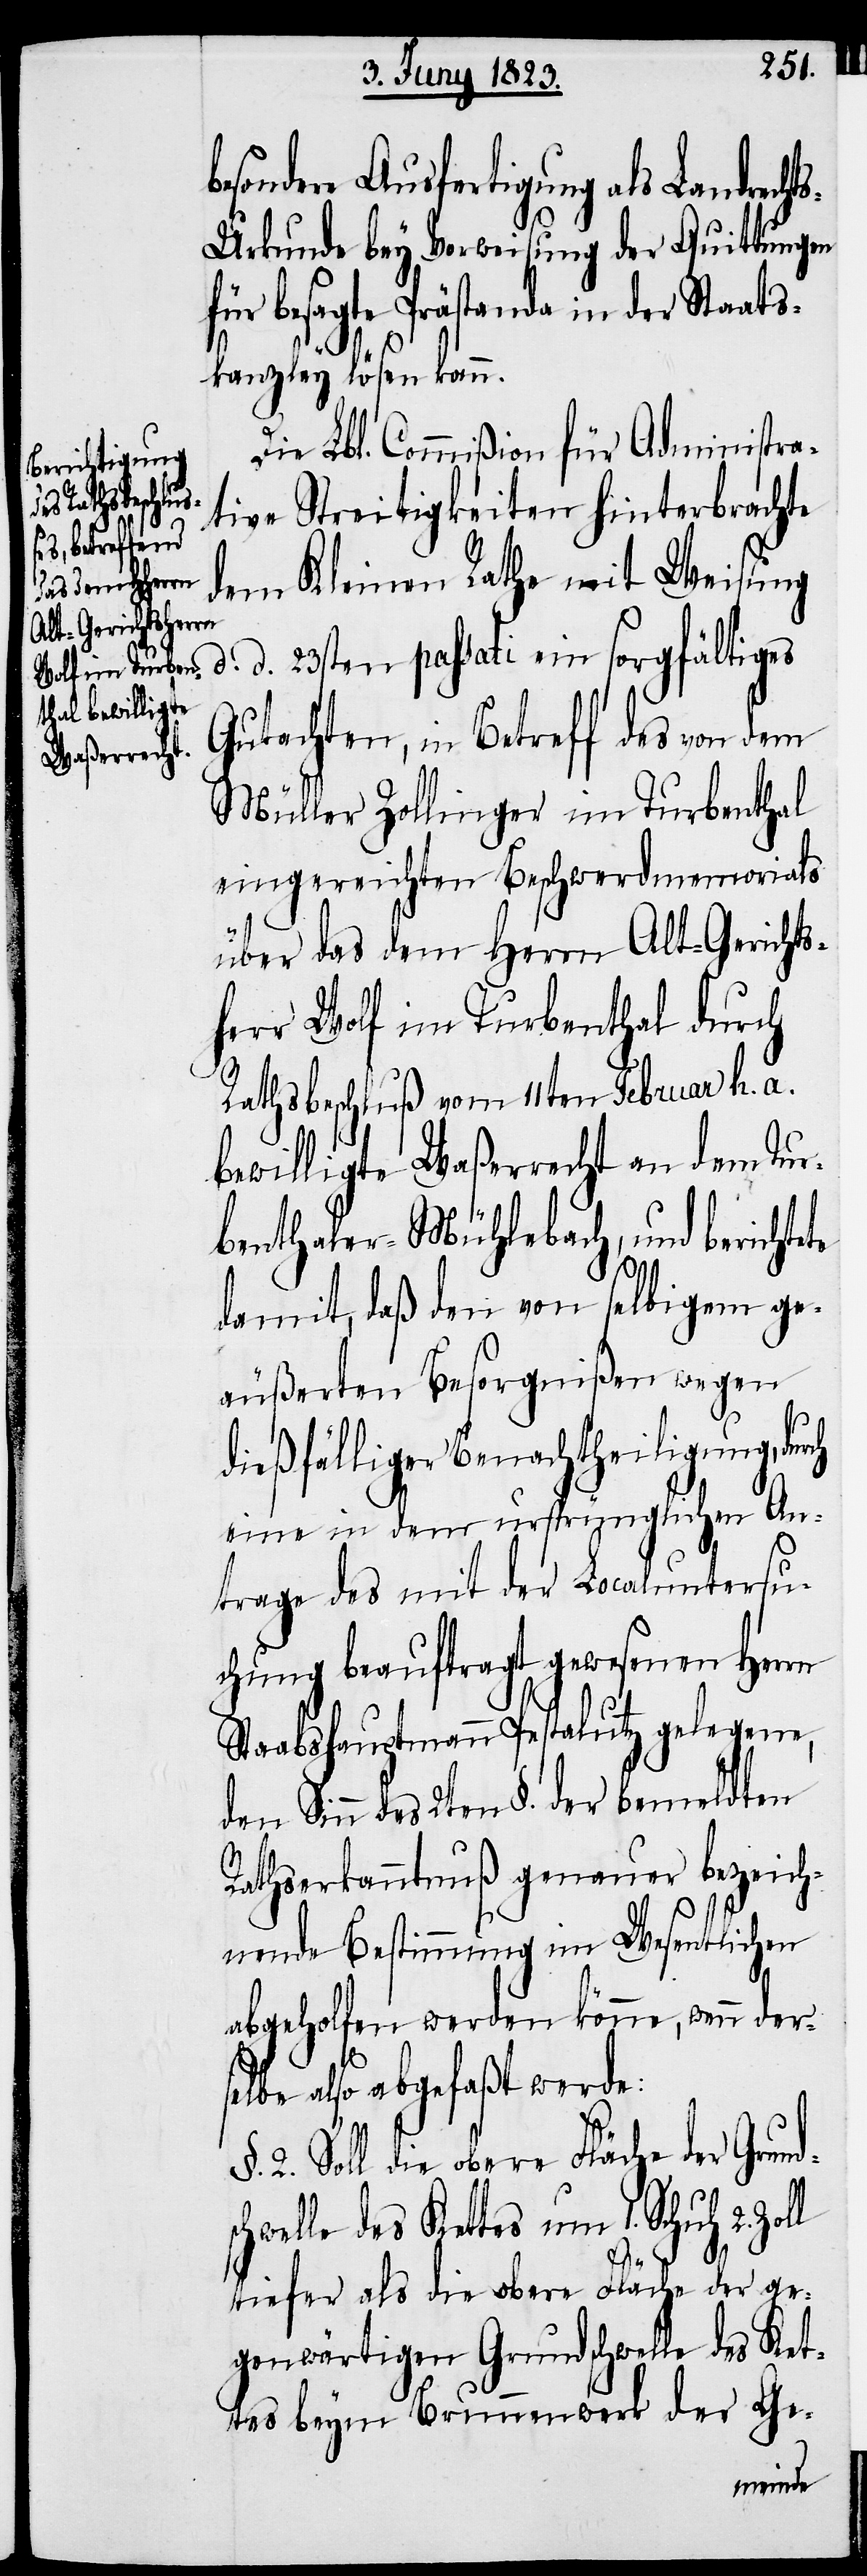
besondere Ausfertigung als Landrecht¬
s-Urkunde bey Vorweisung der Quittungen
für besagte Prästanda in der Staats¬
kanzley lösen kann.
Die Lbl. Commißion für Administra¬
tive Streitigkeiten hinterbrachte
dem Kleinen Rathe mit Weisung
d. d. 23sten passati ein sorgfältiges
Gutachten, in Betreff des von dem
Müller Zollinger im Turbenthal
eingereichten Beschwerdmemorials
über das dem Herrn Alt-Gerichts¬
herr Wolf im Turbenthal durch
Rathsbeschluß vom 11ten Februar h. a.
bewilligte Waßerrecht an dem Tur¬
benthaler-Mühlebach, und berichtete
damit, daß den von selbigem ge¬
äußerten Besorgnißen wegen
dießfälliger Benachtheiligung, durch
eine in dem ursprünglichen An¬
trage des mit der Localuntersu¬
chung beauftragt gewesenen Herrn
Staabshauptmann Pestalutz gelegene,
den Sinn des 2ten §. der bemeldten
Rathserkanntnuß genauer bezeich¬
nende Bestimmung im Wesentlichen
abgeholfen werden könne, wenn ders¬
elbe also abgefaßt werde:
2. Soll die obere Fläche der Grund¬
chwelle des Kettes um 1. Schuh
2.
tiefer als die obere Fläche der ge¬
genwärtigen Grundschwelle des Ket¬
tes beym Brunnenwerk der Ge-